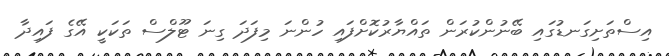
އިސްތަށިގަނޑުގައި ބޭނުންކުރަން ތައްޔާރުކޮށްފައި ހުންނަ މިފަދަ ގިނަ ޓޫލްސް ތަކަކީ އޭގެ ފައިދާ